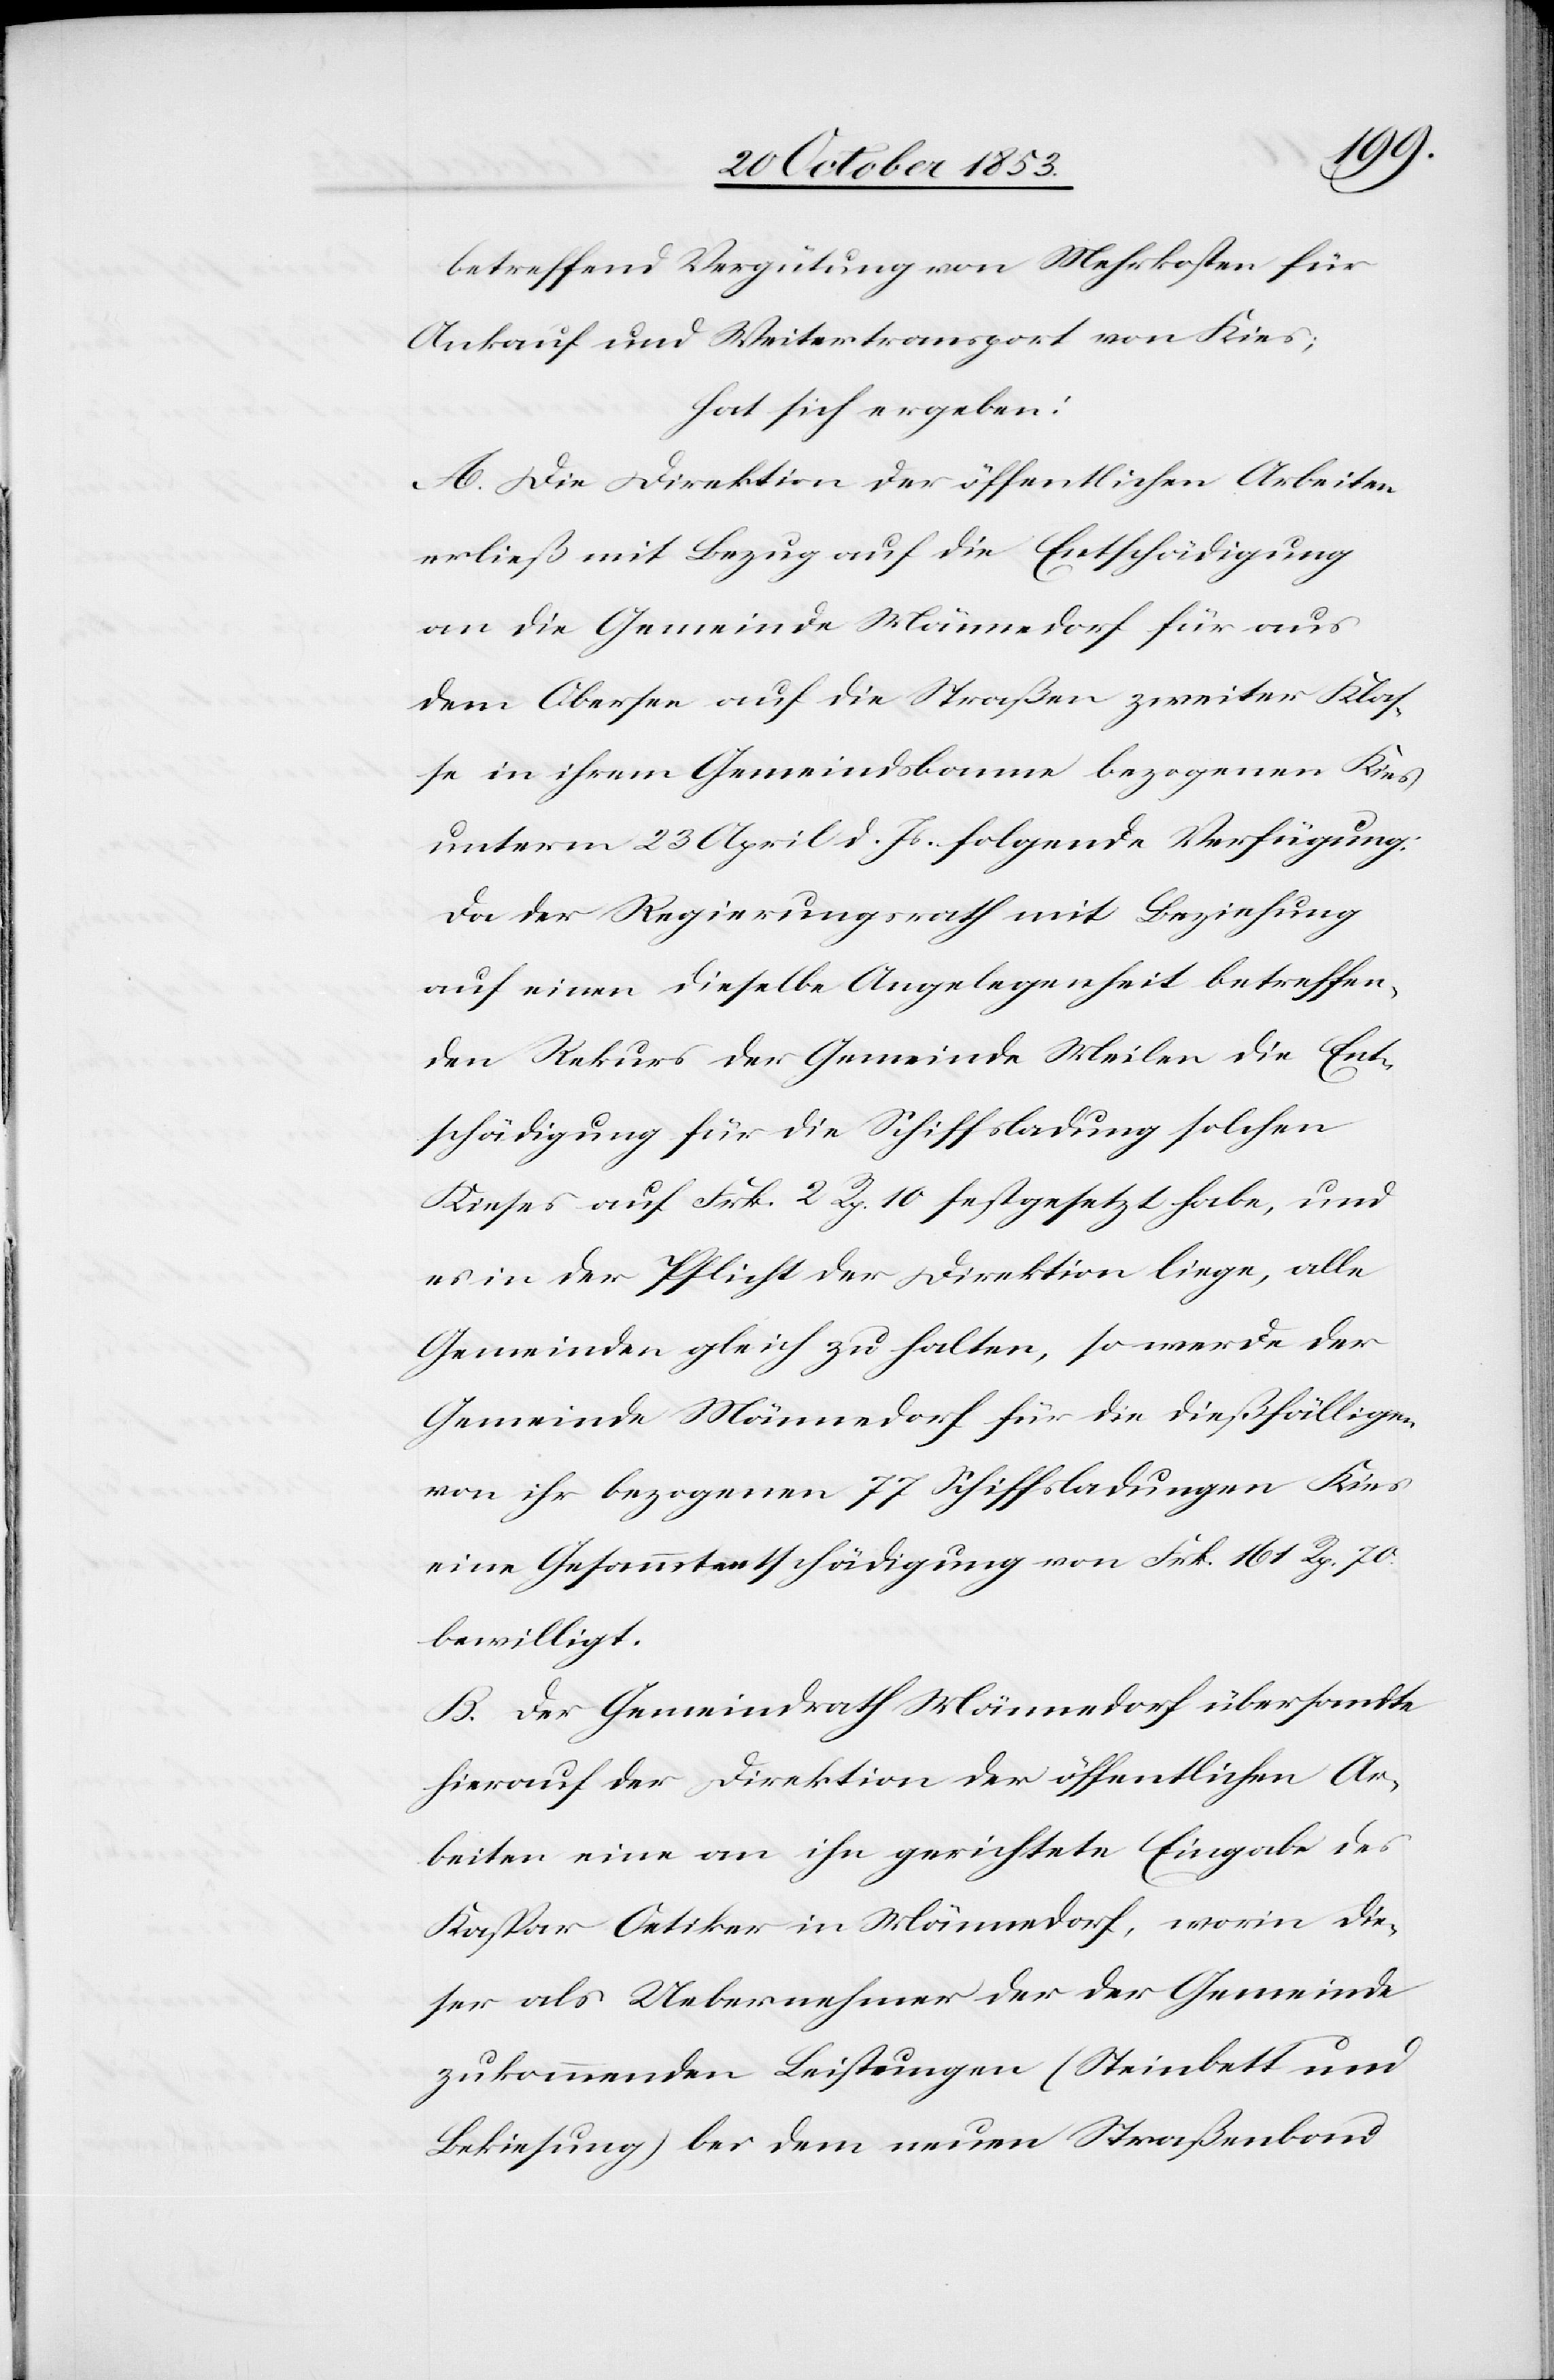
betreffend Vergütung von Mehrkosten für
Ankauf und Weitertransport von Kies;
hat sich ergeben:
A. Die Direktion der öffentlichen Arbeiten
erließ mit Bezug auf die Entschädigung
an die Gemeinde Männedorf für aus
dem Obersee auf die Straßen zweiter Klaß¬
e in ihrem Gemeindsbann bezogenen Kies
unterm 23 April d. Js. folgende Verfügung:
Da der Regierungsrath mit Beziehung
auf einen dieselbe Angelegenheit betreffen¬
den Rekurs der Gemeinde Meilen die Ent¬
schädigung für die Schiffsladung solchen
Kieses auf Frk. 2 Rp. 10 festgesetzt habe, und
es in der Pflicht der Direktion liege, alle
Gemeinden gleich zu halten, so werde der
Gemeinde Männedorf für die dießfälligen
von ihr bezogenen 77 Schiffladungen Kies
eine Gesammtentschädigung von Frk. 161 Rp. 70
bewilligt.
B. Der Gemeindrath Männedorf übersandte
hierauf der Direktion der öffentlichen Ar¬
beiten eine an ihn gerichtete Eingabe des
Kaspar Oetiker in Männedorf, worin die¬
ser als Uebernehmer der der Gemeinde
zukommenden Leistungen (Steinbett und
Bekiesung) bei dem neuen Straßenbau